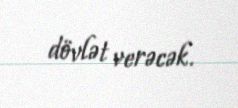
dövlət verəcək.